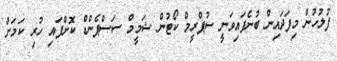
ފުލުހުން މިފަދައިން ބުނެފައިވަނީ ސުޕްރީމް ކޯޓުން ޝަމީމް ސަސްޕެންޑް ކޮށްފައި ހުރި ކަަމަށް